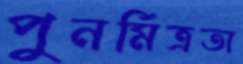
পুনর্মিত্রতা